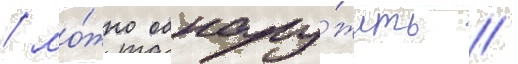
/ мо́жно обнару́жить /